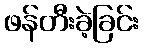
ဖန်တီးခဲ့ခြင်း